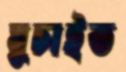
ঘুচাইত